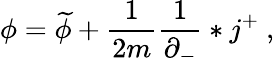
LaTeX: \phi=\widetilde{\phi}+\frac{1}{2m}\frac{1}{\partial_{-}}*j^{+}\ ,